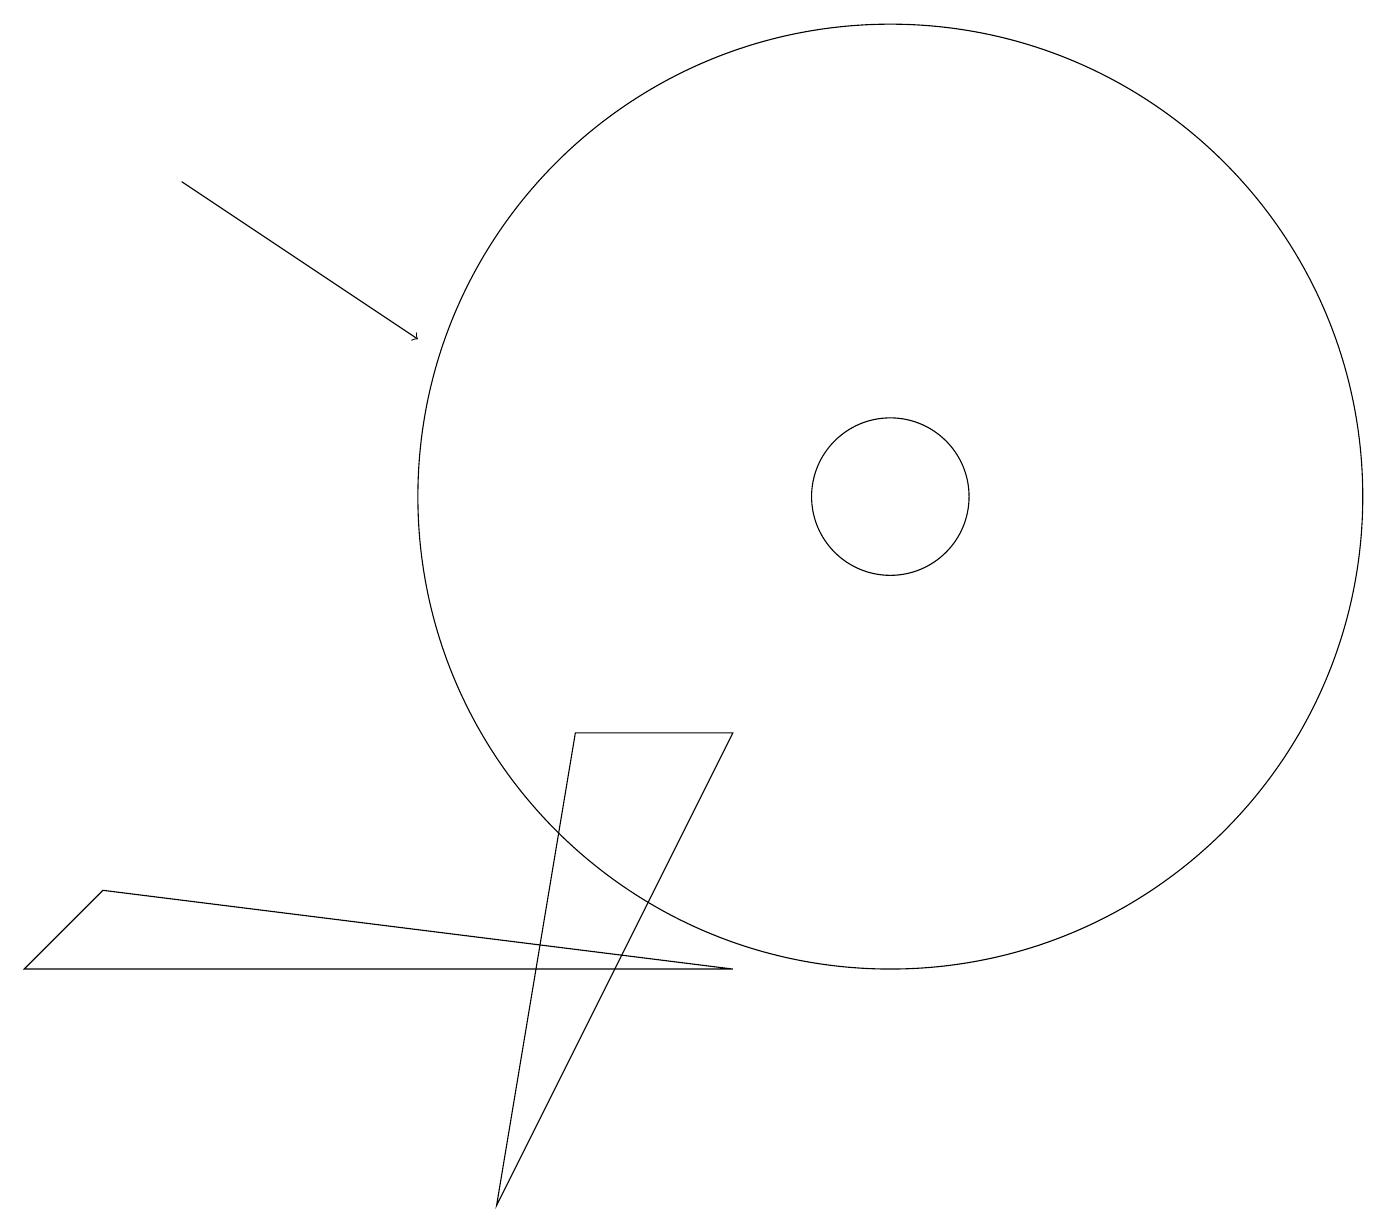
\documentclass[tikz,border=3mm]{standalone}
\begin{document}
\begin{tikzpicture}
\draw (7,7) -- (9,7) -- (6,1) -- cycle;
\draw (11,10) circle (1);
\draw[->] (2,14) -- (5,12);
\draw (11,10) circle (6);
\draw (1,5) -- (0,4) -- (9,4) -- cycle;
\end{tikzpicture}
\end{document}